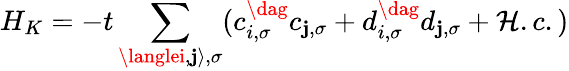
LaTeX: H_{K}=-t\sum_{\langlei,\mathbf{j}\rangle,\sigma}(c_{i,\sigma}^{\dag}c_{\mathbf{j},\sigma}+d_{i,\sigma}^{\dag}d_{\mathbf{j},\sigma}+\mathcal{H}.c.)